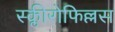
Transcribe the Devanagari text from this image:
स्क्लीरोफिल्लस